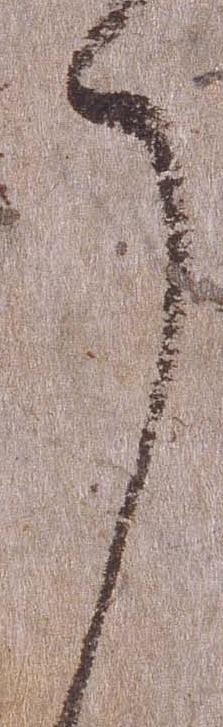
了